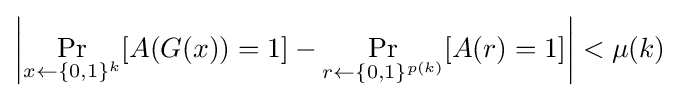
\left|\Pr _{x\gets \{0,1\}^{k}}[A(G(x))=1]-\Pr _{r\gets \{0,1\}^{p(k)}}[A(r)=1]\right|<\mu (k)